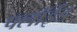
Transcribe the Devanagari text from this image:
फ्लॉईड